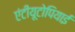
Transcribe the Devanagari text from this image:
एंटीयूटोपियाई